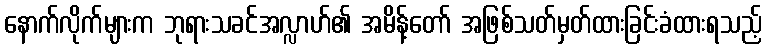
နောက်လိုက်များက ဘုရားသခင်အလ္လာဟ်၏ အမိန့်တော် အဖြစ်သတ်မှတ်ထားခြင်းခံထားရသည့်